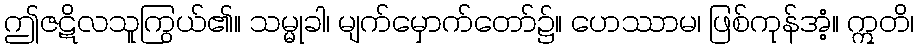
ဤဇဋိလသူကြွယ်၏။ သမ္မုခါ၊ မျက်မှောက်တော်၌။ ဟေဿာမ၊ ဖြစ်ကုန်အံ့။ ဣတိ၊